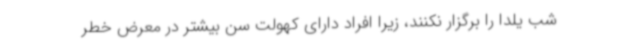
شب یلدا را برگزار نکنند، زیرا افراد دارای کهولت سن بیشتر در معرض خطر